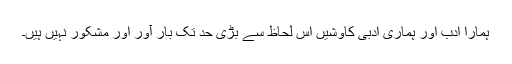
ہمارا ادب اور ہماری ادبی کاوشیں اس لحاظ سے بڑی حد تک بار آور اور مشکور نہیں ہیں۔